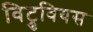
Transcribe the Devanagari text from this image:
विट्रुवियस